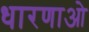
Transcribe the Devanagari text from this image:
धारणाओ